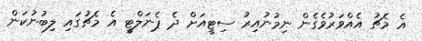
އެ މެޗު އެއްވަރުވެގެން ނިމުނުއިރު ސިޓީއަށް ދެ ޕެނަލްޓީ އެ މެޗުގައި ލިބުނުކަން